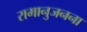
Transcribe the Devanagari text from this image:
रामानुजनना